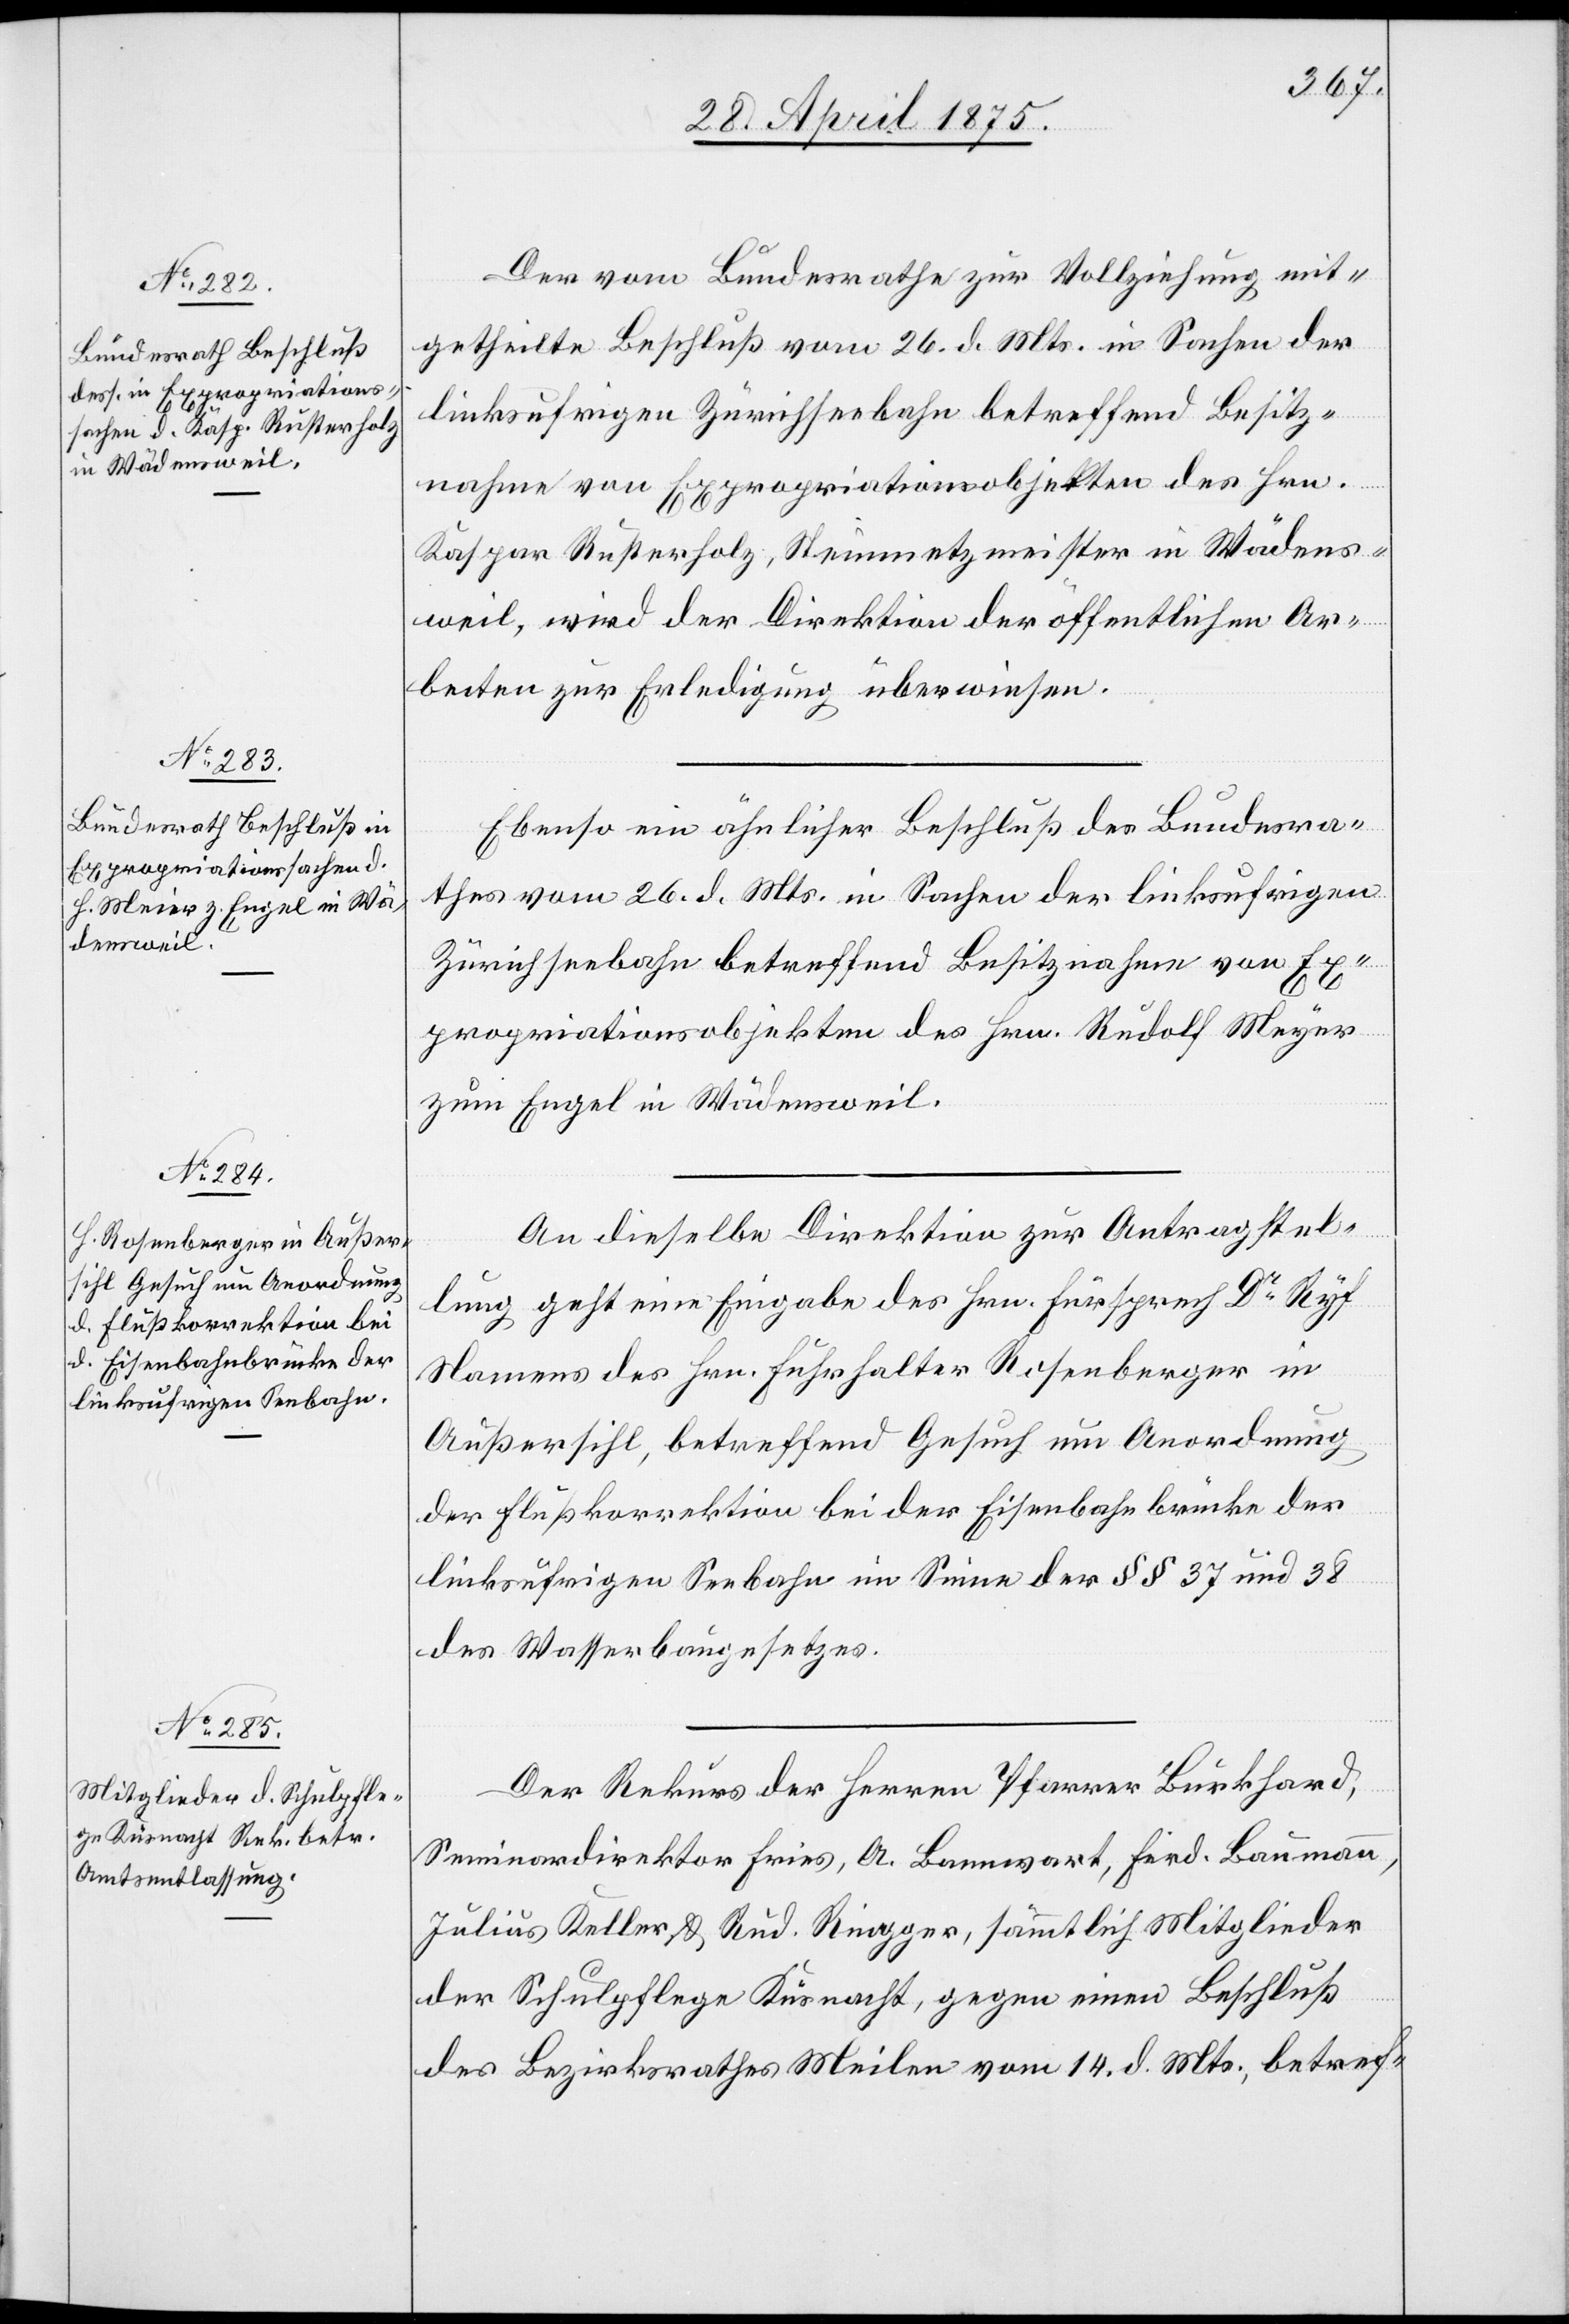
28. April 1875.]
Der vom Bundesrathe zur Vollziehung mit¬
getheilte Beschluß vom 26. d. Mts. in Sachen der
linksufrigen Zürichseebahn betreffend Besitz¬
nahme von Expropriationsobjekten des Hrn.
Kaspar Rusterholz, Steinmetzmeister in Wädens¬
weil, wird der Direktion der öffentlichen Ar¬
beiten zur Erledigung überwiesen.
Ebenso ein ähnlicher Beschluß des Bundesra¬
thes vom 26. d. Mts. in Sachen der linksufrigen
Zürichseebahn betreffend Besitznahme von Ex¬
propriationsobjekten des Hrn. Rudolf Meyer
zum Engel in Wädensweil.
An dieselbe Direktion zur Antragstel¬
lung geht eine Eingabe des Hrn. Fürsprech Dr. Ryf
Namens des Hrn. Fuhrhalter Rosenberger in
Außersihl, betreffend Gesuch um Anordnung
der Flußkorrektion bei der Eisenbahnbrücke der
linksufrigen Seebahn im Sinne der §§ 37 und 38
des Wasserbaugesetzes.
Der Rekurs der Herren Pfarrer Burkhard,
Seminardirektor Fries, A. Bannwart, Ferd. Baumann,
Julius Keller & Rud. Ringger, sämmtlich Mitglieder
der Schulpflege Küsnacht, gegen einen Beschluß
des Bezirksrathes Meilen vom 14. d. Mts. betref-